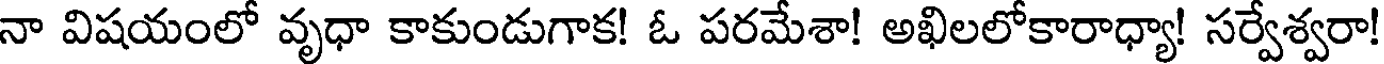
నా విషయంలో వృధా కాకుండుగాక! ఓ పరమేశా! అఖిలలోకారాధ్యా! సర్వేశ్వరా